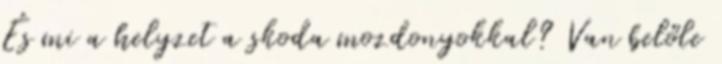
És mi a helyzet a skoda mozdonyokkal? Van belőle